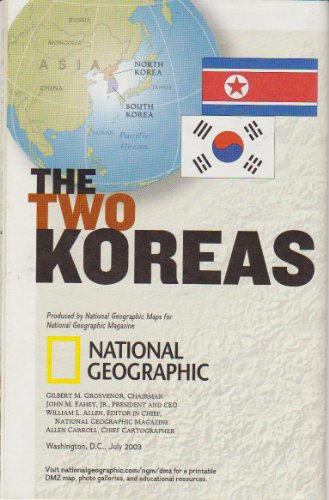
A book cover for The Two Koreas (National Geographic Society Map); Travel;